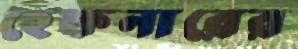
হেফনারের